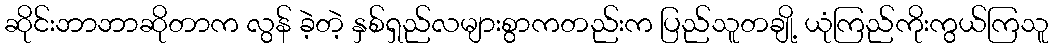
ဆိုင်းဘာဘာဆိုတာက လွန် ခဲ့တဲ့ နှစ်ရှည်လများစွာကတည်းက ပြည်သူတချို့ ယုံကြည်ကိုးကွယ်ကြသူ